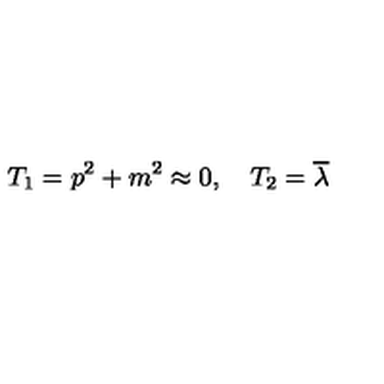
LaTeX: T _ { 1 } = p ^ { 2 } + m ^ { 2 } \approx 0 , \quad T _ { 2 } = \overline { { \lambda } }